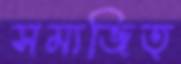
সম্যজিত্